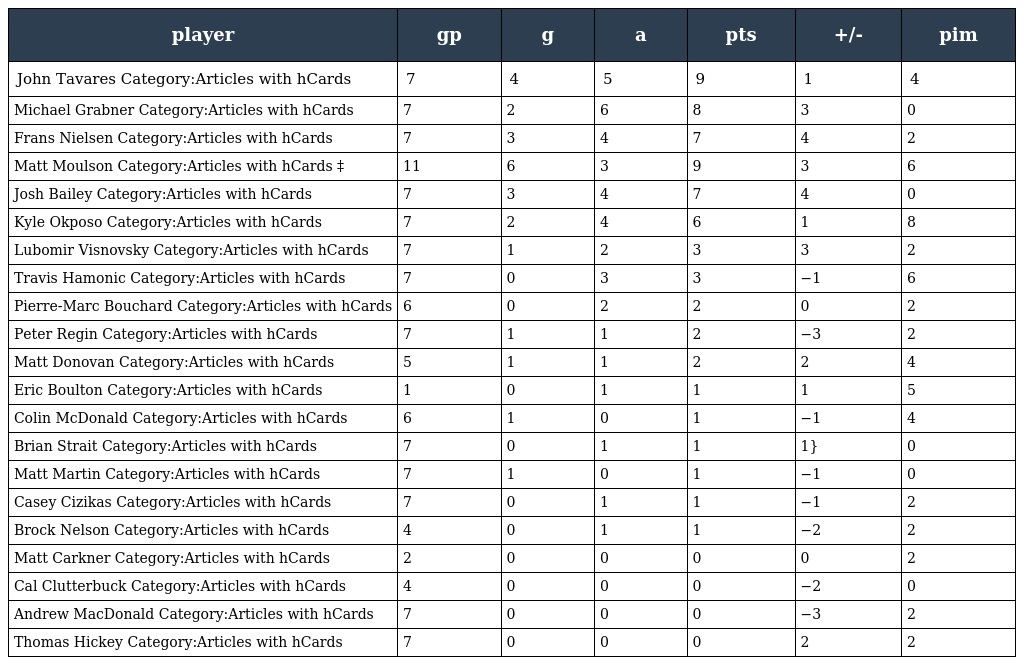
| player | gp | g | a | pts | +/- | pim |
 | --- | --- | --- | --- | --- | --- | --- |
 | John Tavares Category:Articles with hCards | 7 | 4 | 5 | 9 | 1 | 4 |
 | Michael Grabner Category:Articles with hCards | 7 | 2 | 6 | 8 | 3 | 0 |
 | Frans Nielsen Category:Articles with hCards | 7 | 3 | 4 | 7 | 4 | 2 |
 | Matt Moulson Category:Articles with hCards ‡ | 11 | 6 | 3 | 9 | 3 | 6 |
 | Josh Bailey Category:Articles with hCards | 7 | 3 | 4 | 7 | 4 | 0 |
 | Kyle Okposo Category:Articles with hCards | 7 | 2 | 4 | 6 | 1 | 8 |
 | Lubomir Visnovsky Category:Articles with hCards | 7 | 1 | 2 | 3 | 3 | 2 |
 | Travis Hamonic Category:Articles with hCards | 7 | 0 | 3 | 3 | −1 | 6 |
 | Pierre-Marc Bouchard Category:Articles with hCards | 6 | 0 | 2 | 2 | 0 | 2 |
 | Peter Regin Category:Articles with hCards | 7 | 1 | 1 | 2 | −3 | 2 |
 | Matt Donovan Category:Articles with hCards | 5 | 1 | 1 | 2 | 2 | 4 |
 | Eric Boulton Category:Articles with hCards | 1 | 0 | 1 | 1 | 1 | 5 |
 | Colin McDonald Category:Articles with hCards | 6 | 1 | 0 | 1 | −1 | 4 |
 | Brian Strait Category:Articles with hCards | 7 | 0 | 1 | 1 | 1} | 0 |
 | Matt Martin Category:Articles with hCards | 7 | 1 | 0 | 1 | −1 | 0 |
 | Casey Cizikas Category:Articles with hCards | 7 | 0 | 1 | 1 | −1 | 2 |
 | Brock Nelson Category:Articles with hCards | 4 | 0 | 1 | 1 | −2 | 2 |
 | Matt Carkner Category:Articles with hCards | 2 | 0 | 0 | 0 | 0 | 2 |
 | Cal Clutterbuck Category:Articles with hCards | 4 | 0 | 0 | 0 | −2 | 0 |
 | Andrew MacDonald Category:Articles with hCards | 7 | 0 | 0 | 0 | −3 | 2 |
 | Thomas Hickey Category:Articles with hCards | 7 | 0 | 0 | 0 | 2 | 2 |